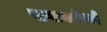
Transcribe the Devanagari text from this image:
सप्तकांमधे